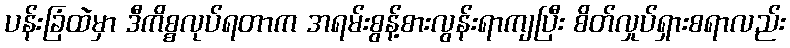
ပန်းခြံထဲမှာ ဒီကိစ္စလုပ်ရတာက အရမ်းစွန့်စားလွန်းရာကျပြီး စိတ်လှုပ်ရှားစရာလည်း